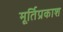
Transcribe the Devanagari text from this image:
मूर्तिप्रकाश